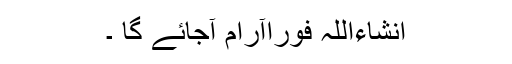
انشاءاللہ فوراًآرام آجائے گا ۔